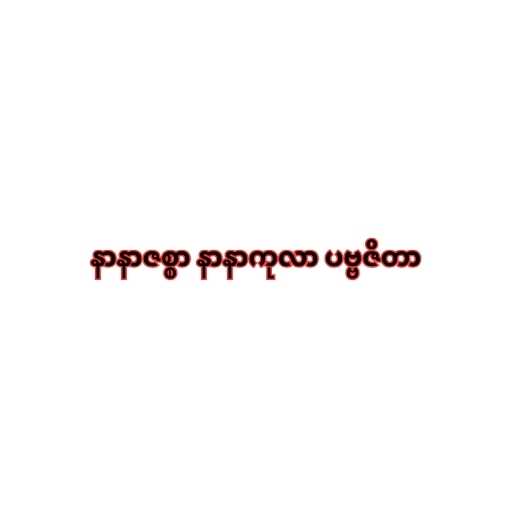
နာနာဇစ္စာ နာနာကုလာ ပဗ္ဗဇိတာ